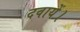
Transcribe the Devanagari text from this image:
दवायें।